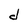
Character: d